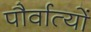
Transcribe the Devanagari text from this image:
पौर्वात्यों